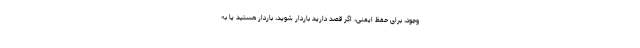
وجود، برای حفظ ایمنی، اگر قصد دارید باردار شوید، باردار هستید یا به